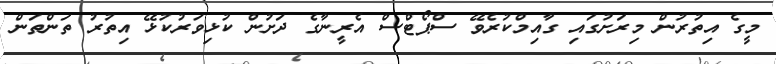
މީގެ އިތުރުން މިރަށުގައި ގާއިމްކުރެވޭ ސްޕޯޓްސް އެރީނާގެ ދަށުން ކުޅިވަރުކުޅޭ އިތުރު ތަންތަން